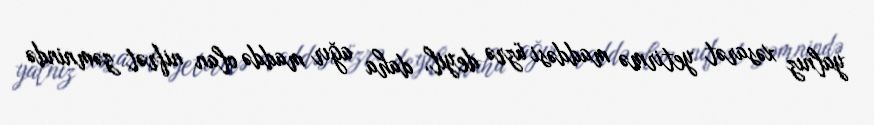
yalnız xəsarət yetirmə maddəsi üzrə deyil, daha ağır maddə olan nifrət zəmnində